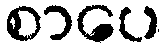
စာပေ